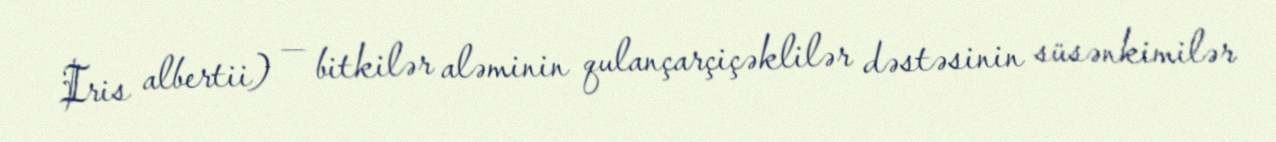
Iris albertii) — bitkilər aləminin qulançarçiçəklilər dəstəsinin süsənkimilər